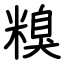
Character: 糗